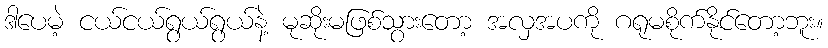
ဒါပေမဲ့ ငယ်ငယ်ရွယ်ရွယ်နဲ့ မုဆိုးမဖြစ်သွားတော့ အလှအပကို ဂရုမစိုက်နိုင်တော့ဘူး။